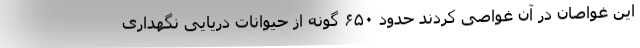
این غواصان در آن غواصی کردند حدود ۶۵۰ گونه از حیوانات دریایی نگهداری